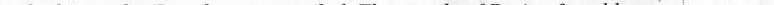
and a big smile. Even her eyes smiled. The people of Boring found her D.the students suffered from getting